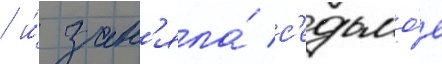
/ и́ зан'яла́ с'едьмо́е